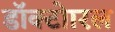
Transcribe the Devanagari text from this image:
डॉक्टोारल